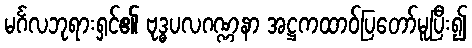
မင်္ဂလဘုရားရှင်၏ ဗုဒ္ဓပလဂဏ္ဏနာ အဋ္ဌကထာဝ်ပြတော်မူပြီး၍